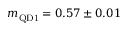
m _ { \mathrm { Q D 1 } } = 0 . 5 7 \pm 0 . 0 1